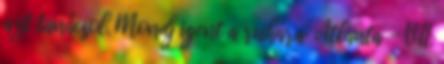
azt tanácsol. Mondj igent a ruhára: Atlanta - VII.